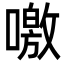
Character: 噭